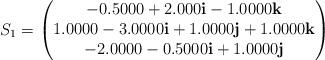
LaTeX: \begin{align*}&S_1=\begin{pmatrix}-0.5000+2.000\mathbf{i}-1.0000\mathbf{k}\\1.0000-3.0000\mathbf{i}+1.0000\mathbf{j}+1.0000\mathbf{k}\\-2.0000-0.5000\mathbf{i}+1.0000\mathbf{j}\end{pmatrix}\end{align*}